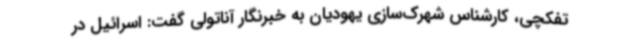
تفکچی، کارشناس شهرک‌سازی یهودیان به خبرنگار آناتولی گفت: اسرائیل در